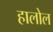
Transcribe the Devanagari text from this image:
हालोल